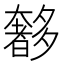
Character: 𭑥